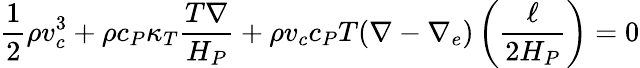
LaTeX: {\frac{1}{2}}\rho v_{c}^{3}+\rho c_{P}\kappa_{T}{\frac{T\nabla}{H_{P}}}+\rho v_{c}c_{P}T(\nabla-\nabla_{e})\left({\frac{\ell}{2H_{P}}}\right)=0